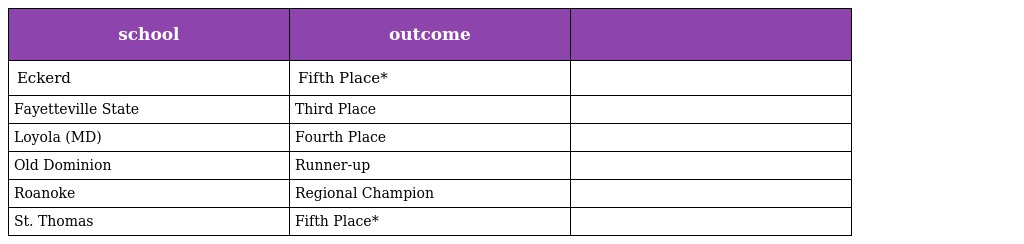
| school | outcome |  |
 | --- | --- | --- |
 | Eckerd | Fifth Place* |  |
 | Fayetteville State | Third Place |  |
 | Loyola (MD) | Fourth Place |  |
 | Old Dominion | Runner-up |  |
 | Roanoke | Regional Champion |  |
 | St. Thomas | Fifth Place* |  |